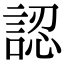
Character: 認